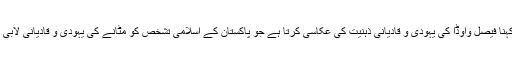
علامہ ممتاز اعوان نے کہا کہ اللہ تعالیٰ کے بعد عمران کو بڑا لیڈر کہنا فیصل واوڈا کی یہودی و قادیانی ذہنیت کی عکاسی کرتا ہے جو پاکستان کے اسلامی تشخص کو مٹانے کی یہودی و قادیانی لابی کی کارستانی ہے جس سے مسلمانوں میں شدید اشتعال پایا جارہا ہے۔